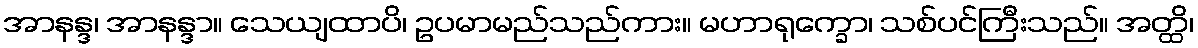
အာနန္ဒ၊ အာနန္ဒာ။ သေယျထာပိ၊ ဥပမာမည်သည်ကား။ မဟာရုက္ခော၊ သစ်ပင်ကြီးသည်။ အတ္ထိ၊